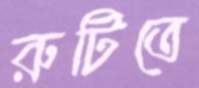
রুটিতে